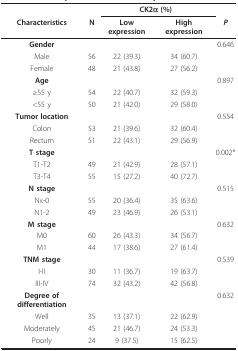
<table><thead><tr><td></td><td></td><td colspan="2"><b>CK2α (%)</b></td><td></td></tr><tr><td><b>Characteristics</b></td><td><b>N</b></td><td><b>Low expression</b></td><td><b>High expression</b></td><td><b><i>P</i></b></td></tr></thead><tbody><tr><td><b>Gender</b></td><td></td><td></td><td></td><td>0.646</td></tr><tr><td>Male</td><td>56</td><td>22 (39.3)</td><td>34 (60.7)</td><td></td></tr><tr><td>Female</td><td>48</td><td>21 (43.8)</td><td>27 (56.2)</td><td></td></tr><tr><td><b>Age</b></td><td></td><td></td><td></td><td>0.897</td></tr><tr><td>≥55 y</td><td>54</td><td>22 (40.7)</td><td>32 (59.3)</td><td></td></tr><tr><td>&lt;55 y</td><td>50</td><td>21 (42.0)</td><td>29 (58.0)</td><td></td></tr><tr><td><b>Tumor location</b></td><td></td><td></td><td></td><td>0.554</td></tr><tr><td>Colon</td><td>53</td><td>21 (39.6)</td><td>32 (60.4)</td><td></td></tr><tr><td>Rectum</td><td>51</td><td>22 (43.1)</td><td>29 (56.9)</td><td></td></tr><tr><td><b>T stage</b></td><td></td><td></td><td></td><td>0.002*</td></tr><tr><td>T1-T2</td><td>49</td><td>21 (42.9)</td><td>28 (57.1)</td><td></td></tr><tr><td>T3-T4</td><td>55</td><td>15 (27.2)</td><td>40 (72.7)</td><td></td></tr><tr><td><b>N stage</b></td><td></td><td></td><td></td><td>0.515</td></tr><tr><td>Nx-0</td><td>55</td><td>20 (36.4)</td><td>35 (63.6)</td><td></td></tr><tr><td>N1-2</td><td>49</td><td>23 (46.9)</td><td>26 (53.1)</td><td></td></tr><tr><td><b>M stage</b></td><td></td><td></td><td></td><td>0.632</td></tr><tr><td>M0</td><td>60</td><td>26 (43.3)</td><td>34 (56.7)</td><td></td></tr><tr><td>M1</td><td>44</td><td>17 (38.6)</td><td>27 (61.4)</td><td></td></tr><tr><td><b>TNM stage</b></td><td></td><td></td><td></td><td>0.539</td></tr><tr><td>I-II</td><td>30</td><td>11 (36.7)</td><td>19 (63.7)</td><td></td></tr><tr><td>III-IV</td><td>74</td><td>32 (43.2)</td><td>42 (56.8)</td><td></td></tr><tr><td><b>Degree of differentiation</b></td><td></td><td></td><td></td><td>0.632</td></tr><tr><td>Well</td><td>35</td><td>13 (37.1)</td><td>22 (62.9)</td><td></td></tr><tr><td>Moderately</td><td>45</td><td>21 (46.7)</td><td>24 (53.3)</td><td></td></tr><tr><td>Poorly</td><td>24</td><td>9 (37.5)</td><td>15 (62.5)</td><td></td></tr></tbody></table>